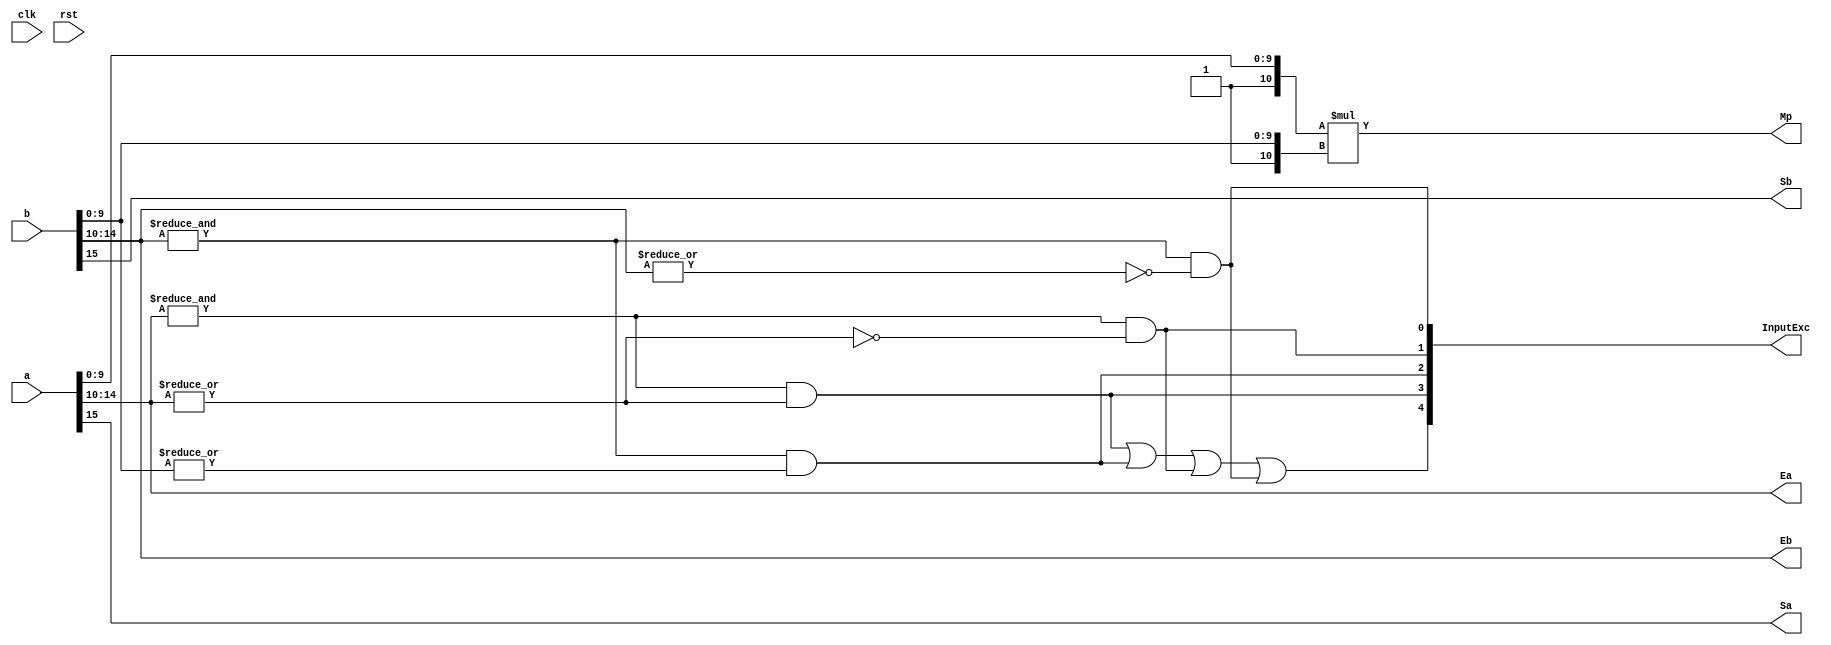
`define DEFINES_DONE
`define EXPONENT 5
`define MANTISSA 10
`define SIGN 1
`define DATAWIDTH (`SIGN+`EXPONENT+`MANTISSA)
`define IEEE_COMPLIANCE 1
`define NUM 8
`define ADDRSIZE 7
`define ADDRSIZE_FOR_TB 10
`define EXPONENT 5
`define MANTISSA 10
`define ACTUAL_MANTISSA 11
`define EXPONENT_LSB 10
`define EXPONENT_MSB 14
`define MANTISSA_LSB 0
`define MANTISSA_MSB 9
`define MANTISSA_MUL_SPLIT_LSB 3
`define MANTISSA_MUL_SPLIT_MSB 9
`define SIGN 1
`define SIGN_LOC 15
`define DWIDTH (`SIGN+`EXPONENT+`MANTISSA)
`define IEEE_COMPLIANCE 1
`define EXPONENT 5
`define MANTISSA 10
`define ACTUAL_MANTISSA 11
`define EXPONENT_LSB 10
`define EXPONENT_MSB 14
`define MANTISSA_LSB 0
`define MANTISSA_MSB 9
`define MANTISSA_MUL_SPLIT_LSB 3
`define MANTISSA_MUL_SPLIT_MSB 9
`define SIGN 1
`define SIGN_LOC 15
`define DWIDTH (`SIGN+`EXPONENT+`MANTISSA)
`define IEEE_COMPLIANCE 1
`define EXPONENT 5
`define MANTISSA 10
`define ACTUAL_MANTISSA 11
`define EXPONENT_LSB 10
`define EXPONENT_MSB 14
`define MANTISSA_LSB 0
`define MANTISSA_MSB 9
`define MANTISSA_MUL_SPLIT_LSB 3
`define MANTISSA_MUL_SPLIT_MSB 9
`define SIGN 1
`define SIGN_LOC 15
`define DWIDTH (`SIGN+`EXPONENT+`MANTISSA)
`define IEEE_COMPLIANCE 1

module FPMult_PrepModule (
		clk,
		rst,
		a,
		b,
		Sa,
		Sb,
		Ea,
		Eb,
		Mp,
		InputExc
	);
	
	// Input ports
	input clk ;
	input rst ;
	input [`DWIDTH-1:0] a ;								// Input A, a 32-bit floating point number
	input [`DWIDTH-1:0] b ;								// Input B, a 32-bit floating point number
	
	// Output ports
	output Sa ;										// A's sign
	output Sb ;										// B's sign
	output [`EXPONENT-1:0] Ea ;								// A's exponent
	output [`EXPONENT-1:0] Eb ;								// B's exponent
	output [2*`MANTISSA+1:0] Mp ;							// Mantissa product
	output [4:0] InputExc ;						// Input numbers are exceptions
	
	// Internal signals							// If signal is high...
	wire ANaN ;										// A is a signalling NaN
	wire BNaN ;										// B is a signalling NaN
	wire AInf ;										// A is infinity
	wire BInf ;										// B is infinity
    wire [`MANTISSA-1:0] Ma;
    wire [`MANTISSA-1:0] Mb;
	
	assign ANaN = &(a[`DWIDTH-2:`MANTISSA]) &  |(a[`DWIDTH-2:`MANTISSA]) ;			// All one exponent and not all zero mantissa - NaN
	assign BNaN = &(b[`DWIDTH-2:`MANTISSA]) &  |(b[`MANTISSA-1:0]);			// All one exponent and not all zero mantissa - NaN
	assign AInf = &(a[`DWIDTH-2:`MANTISSA]) & ~|(a[`DWIDTH-2:`MANTISSA]) ;		// All one exponent and all zero mantissa - Infinity
	assign BInf = &(b[`DWIDTH-2:`MANTISSA]) & ~|(b[`DWIDTH-2:`MANTISSA]) ;		// All one exponent and all zero mantissa - Infinity
	
	// Check for any exceptions and put all flags into exception vector
	assign InputExc = {(ANaN | BNaN | AInf | BInf), ANaN, BNaN, AInf, BInf} ;
	//assign InputExc = {(ANaN | ANaN | BNaN |BNaN), ANaN, ANaN, BNaN,BNaN} ;
	
	// Take input numbers apart
	assign Sa = a[`DWIDTH-1] ;							// A's sign
	assign Sb = b[`DWIDTH-1] ;							// B's sign
	assign Ea = a[`DWIDTH-2:`MANTISSA];						// Store A's exponent in Ea, unless A is an exception
	assign Eb = b[`DWIDTH-2:`MANTISSA];						// Store B's exponent in Eb, unless B is an exception	
//    assign Ma = a[`MANTISSA_MSB:`MANTISSA_LSB];
  //  assign Mb = b[`MANTISSA_MSB:`MANTISSA_LSB];
	


	//assign Mp = ({4'b0001, a[`MANTISSA-1:0]}*{4'b0001, b[`MANTISSA-1:9]}) ;
	assign Mp = ({1'b1,a[`MANTISSA-1:0]}*{1'b1, b[`MANTISSA-1:0]}) ;

	
    //We multiply part of the mantissa here
    //Full mantissa of A
    //Bits MANTISSA_MUL_SPLIT_MSB:MANTISSA_MUL_SPLIT_LSB of B
   // wire [`ACTUAL_MANTISSA-1:0] inp_A;
   // wire [`ACTUAL_MANTISSA-1:0] inp_B;
   // assign inp_A = {1'b1, Ma};
   // assign inp_B = {{(`MANTISSA-(`MANTISSA_MUL_SPLIT_MSB-`MANTISSA_MUL_SPLIT_LSB+1)){1'b0}}, 1'b1, Mb[`MANTISSA_MUL_SPLIT_MSB:`MANTISSA_MUL_SPLIT_LSB]};
   // DW02_mult #(`ACTUAL_MANTISSA,`ACTUAL_MANTISSA) u_mult(.A(inp_A), .B(inp_B), .TC(1'b0), .PRODUCT(Mp));
endmodule